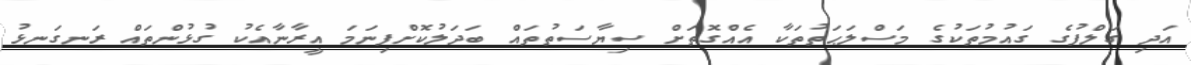
އަދި ގަލްފުގެ ގައުމުތަކުގެ މަސްލަޙަތުތަކާ އެއްގޮތަށް ސިޔާސަތުތައް ބަދަލުކޮށްފިނަމަ އީރާނާއެކު ގުޅުންތައް ރަނގަނޅު